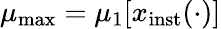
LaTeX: \mu_{\mathrm{max}}=\mu_{1}\lbrack x_{\mathrm{inst}}(\cdot)\rbrack